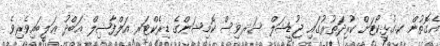
އެގޮތުން ކ.ގުޅީކޯޓަށް ކުރިދަތުރުގައި ޖުޑީޝަލް ސަރވިސް ކޮމިޝަންގެ ޑިރެކްޓަރ އަލްފާޟިލް ޢަބްދު ޢަލީބައިވެރިވެ